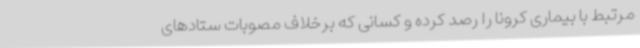
مرتبط با بیماری کرونا را رصد کرده و کسانی که برخلاف مصوبات ستادهای